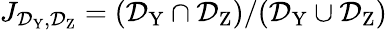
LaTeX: J_{\mathcal{D}_{\textrm{Y}},\mathcal{D}_{\textrm{Z}}}=(\mathcal{D}_{\textrm{Y}}\cap\mathcal{D}_{\textrm{Z}})/(\mathcal{D}_{\textrm{Y}}\cup\mathcal{D}_{\textrm{Z}})